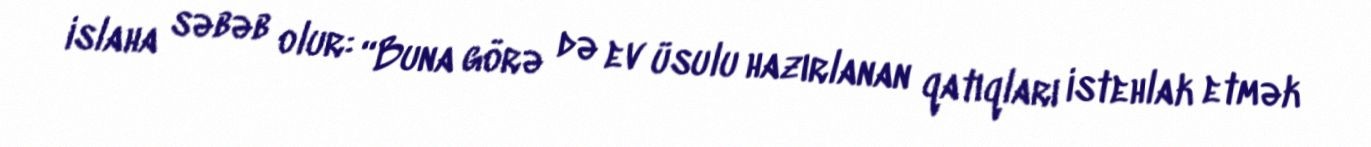
islaha səbəb olur: “Buna görə də ev üsulu hazırlanan qatıqları istehlak etmək